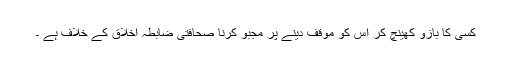
کسی کا بازو کھینچ کر اس کو موقف دینے پر مجبو کرنا صحافتی ضابطہ اخلاق کے خلاف ہے ۔